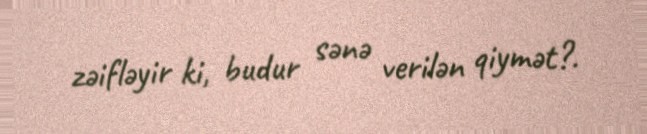
zəifləyir ki, budur sənə verilən qiymət?.